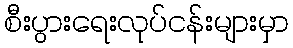
စီးပွားရေးလုပ်ငန်းများမှာ